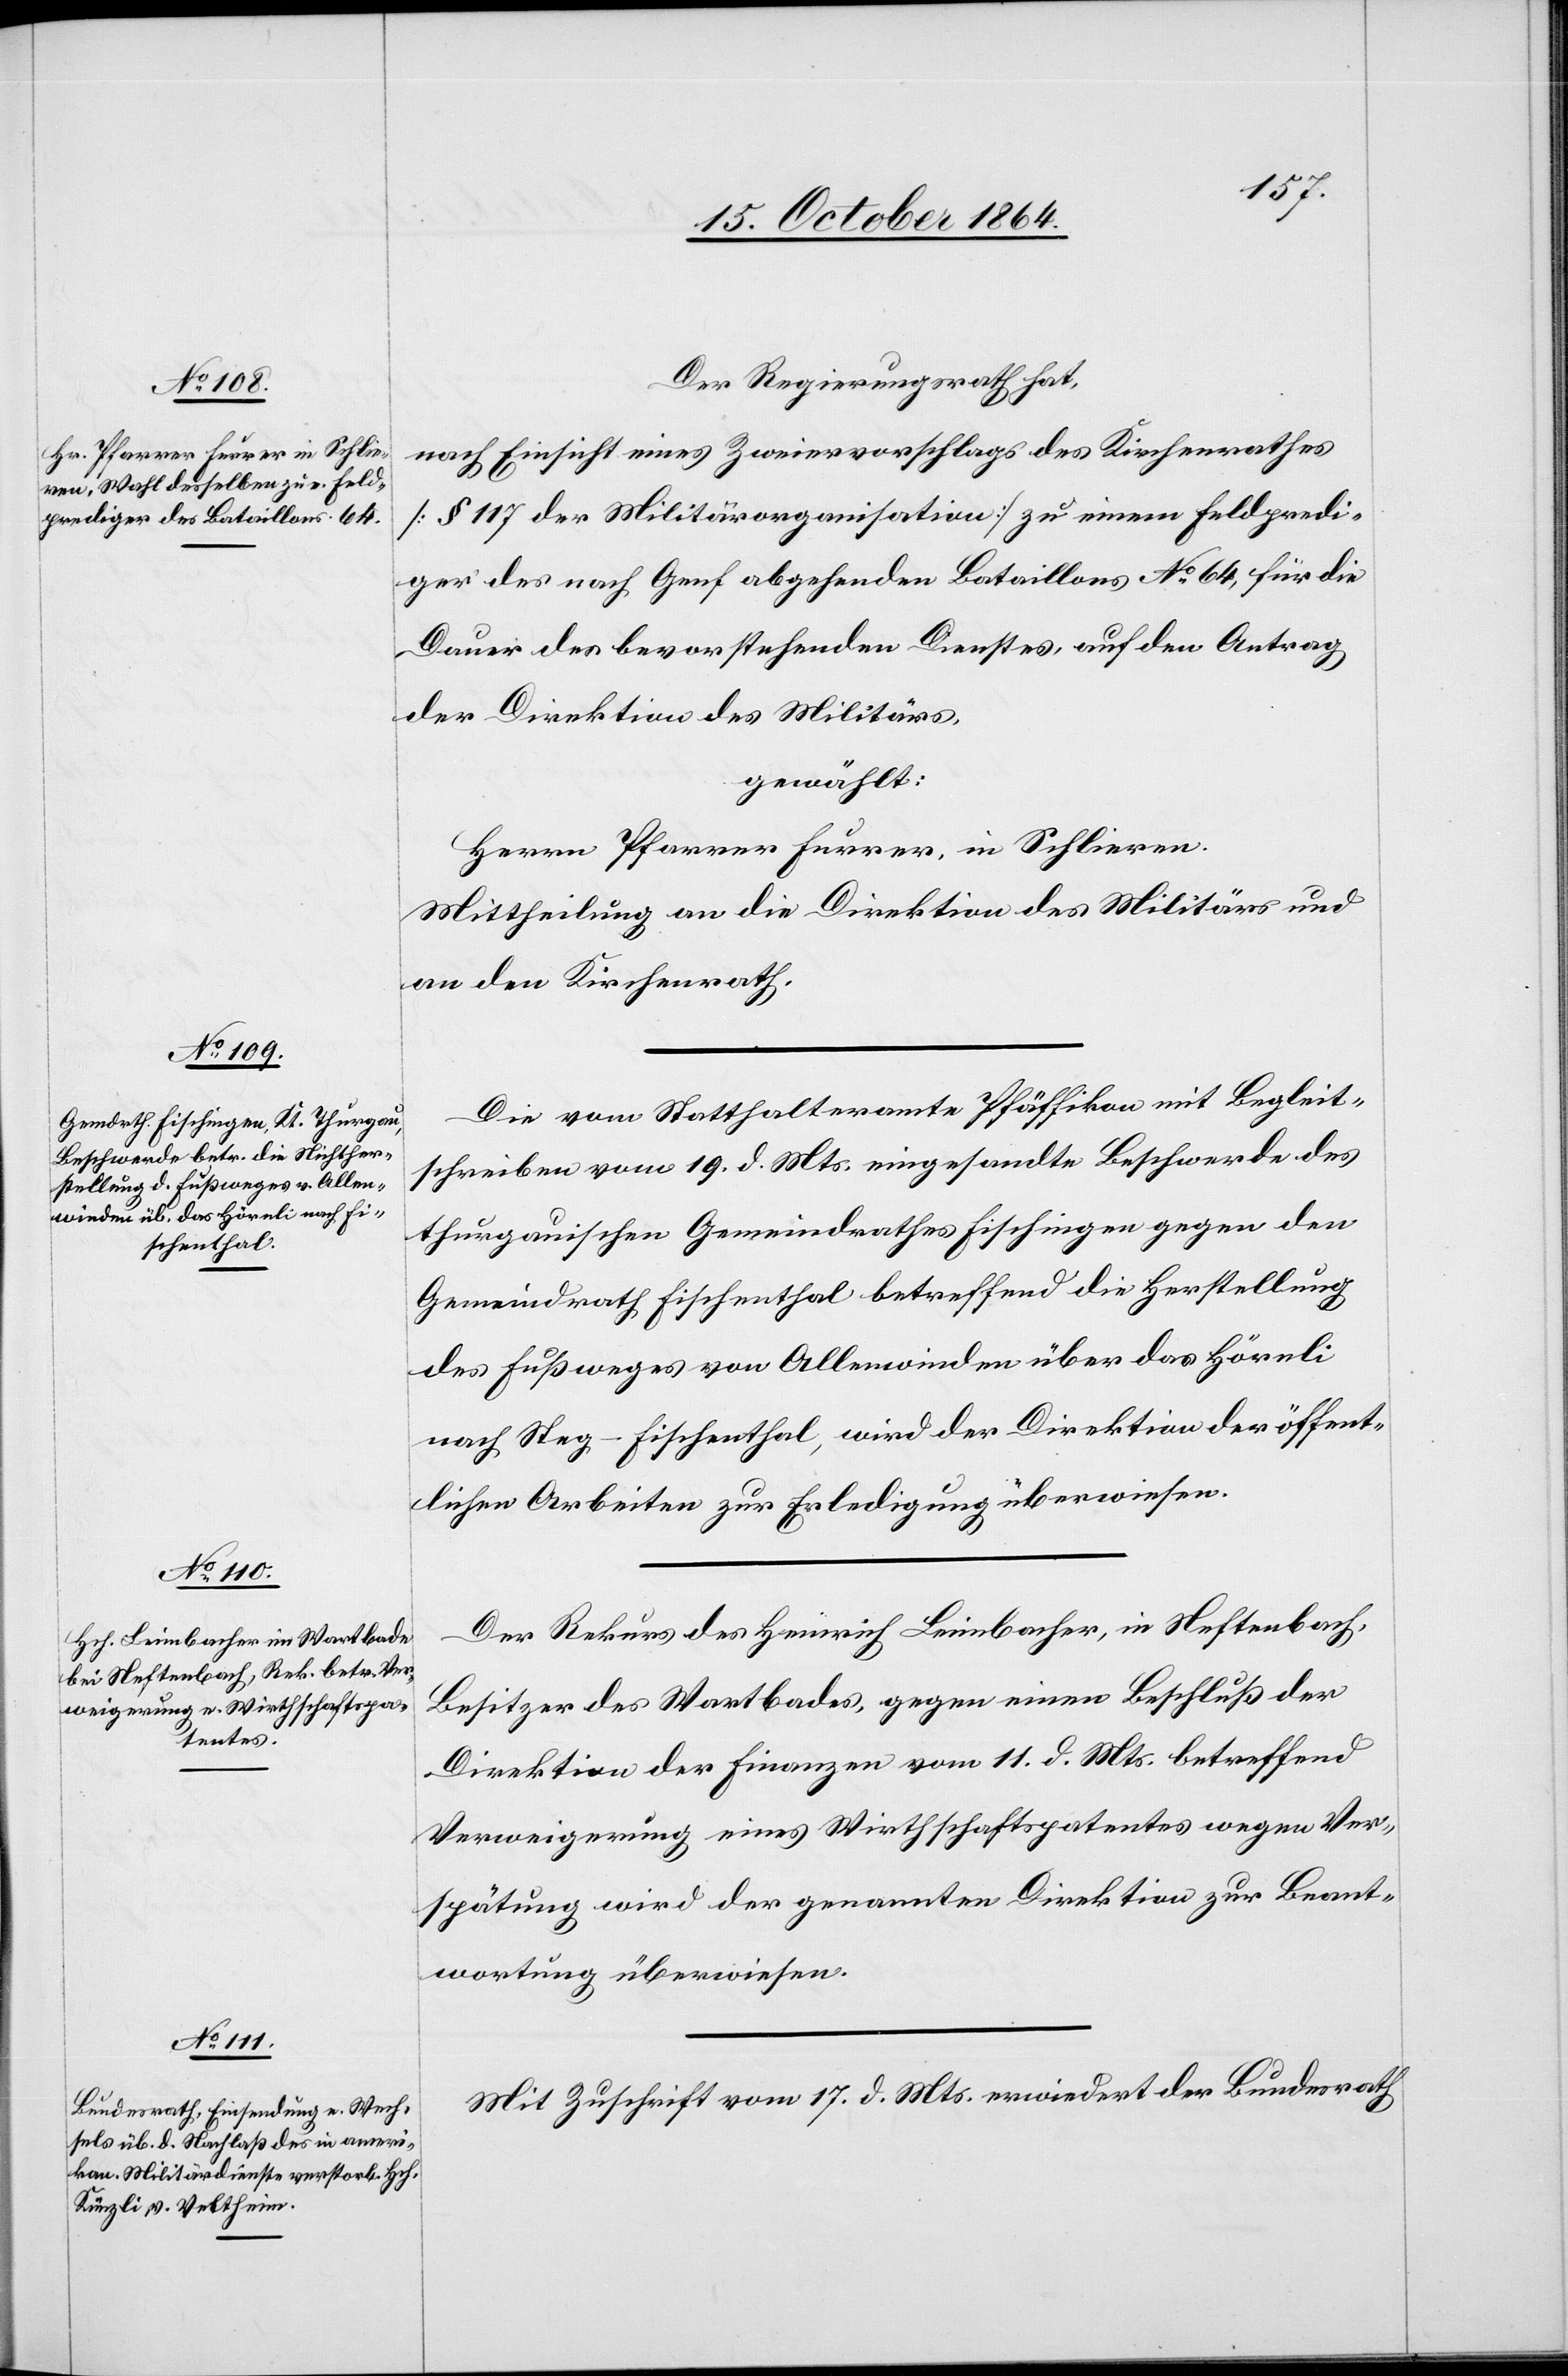
20. October 1864.]
Der Regierungsrath hat,
nach Einsicht eines Zweiervorschlages des Kirchenrathes
[§ 117 der Militärorganisation] zu einem Feldpredi¬
ger des nach Genf abgehenden Bataillons No 64, für die
Dauer des bevorstehenden Dienstes auf den Antrag
der Direktion des Militärs,
gewählt:
Herrn Pfarrer Furrer in Schlieren
Mittheilung an die Direktion des Militärs und
an den Kirchenrath.
Die vom Statthalteramt Pfäffikon mit Begleit¬
schreiben vom 19. d. Mts. eingesandte Beschwerde des
thurgauischen Gemeindrathes Fischingen gegen den
Gemeindrath Fischenthal betreffend die Herstellung
des Fußweges von Allenwinden über das Hörnli
nach Steg - Fischenthal, wird der Direktion der öffent¬
lichen Arbeiten zur Erledigung überwiesen.
Der Rekurs des Heinrich Leimbacher, in Neftenbach,
Besitzer des Wartbades, gegen einen Beschluß der
Direktion der Finanzen vom 11. d. Mts. betreffend
Verweigerung eines Wirthschaftspatentes wegen Ver¬
spätung wird der genannten Direktion zur Beant¬
wortung überwiesen.
Mit Zuschrift vom 17. d. Mts. erwiedert der Bundesrath